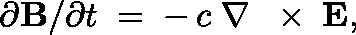
\partial { \bf B } / \partial t \; = \; - \, c \; \nabla \, \mathrm { ~ \boldmath ~ \times ~ } \, { \bf E } ,